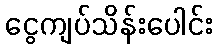
ငွေကျပ်သိန်းပေါင်း